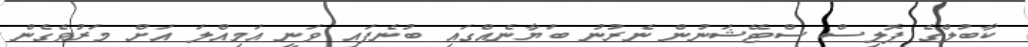
ކާބުލްގެ ޕޮލިސް ސްޓޭޝަނުން ނެރުނު ބަޔާނެއްގައި ބުނެފައި ވަނީ އަމިއްލަ އަށް މަރުވެގެން